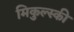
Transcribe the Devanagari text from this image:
मिकुल्स्की